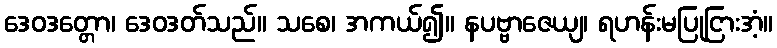
ဒေဝဒတ္တော၊ ဒေဝဒတ်သည်။ သစေ၊ အကယ်၍။ နပဗ္ဗာဇေယျ၊ ရဟန်းမပြုငြားအံ့။